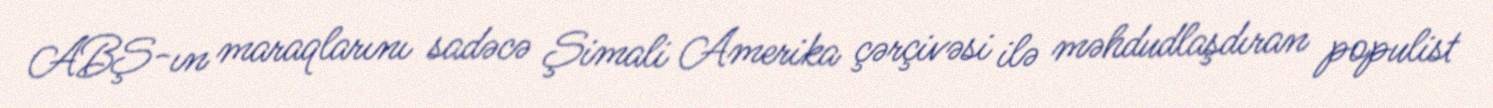
ABŞ-ın maraqlarını sadəcə Şimali Amerika çərçivəsi ilə məhdudlaşdıran populist